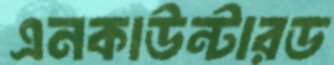
এনকাউন্টারড